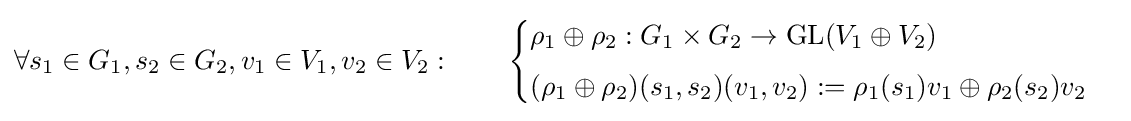
\forall s_{1}\in G_{1},s_{2}\in G_{2},v_{1}\in V_{1},v_{2}\in V_{2}:\qquad {\begin{cases}\rho _{1}\oplus \rho _{2}:G_{1}\times G_{2}\to {\text{GL}}(V_{1}\oplus V_{2})\\[4pt](\rho _{1}\oplus \rho _{2})(s_{1},s_{2})(v_{1},v_{2}):=\rho _{1}(s_{1})v_{1}\oplus \rho _{2}(s_{2})v_{2}\end{cases}}